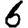
Digit: 6